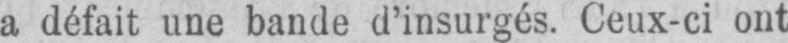
a défait une bande d’insurgés. Ceux-ci ont